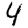
Digit: 4